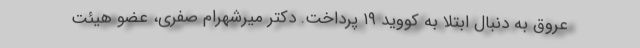
عروق به دنبال ابتلا به کووید ۱۹ پرداخت. دکتر میرشهرام صفری، عضو هیئت